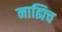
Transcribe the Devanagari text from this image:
नाह्यिच